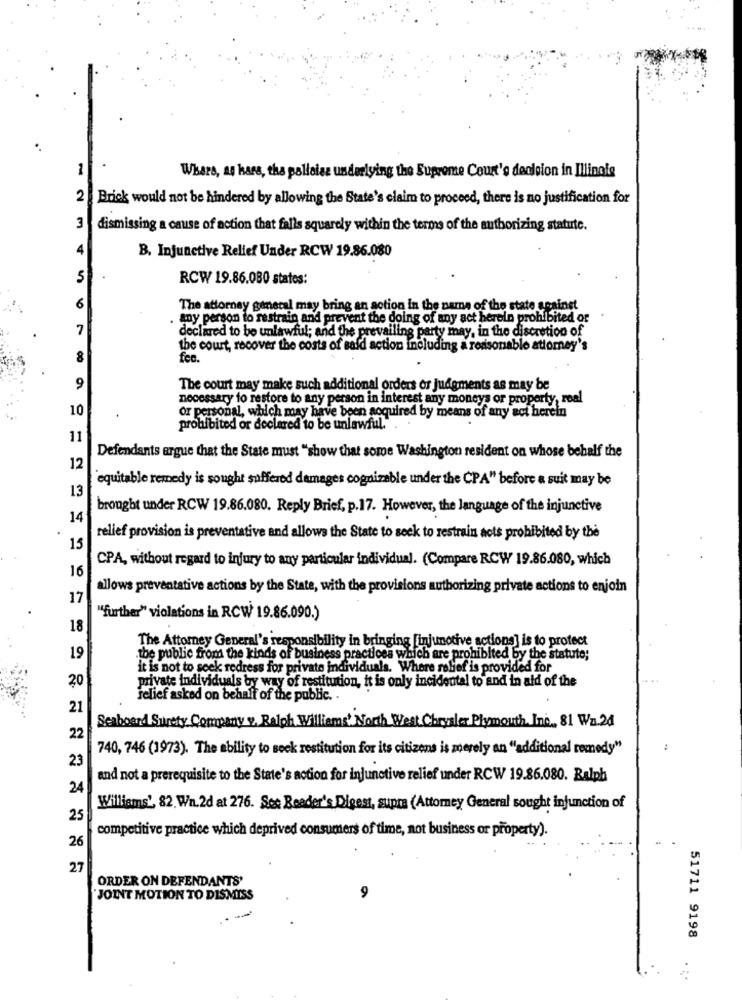
1
Whars, as kars, tha polloise underlying the Supreme Court's decision in Illinois
2
Brick would not be hindered by allowing the State's claim to proceed, there is no justification for
3
dismissing a cause of action that falls squarely within the terms of the authorizing statute.
B. Injunctive Relief Under RCW 19.86.080
5
RCW 19.86.080 states:
6
The attorney general may bring an action in the name of the state seainst
any person to restrain and prevent the doing of any act herein prohibited or
7
declared to be unlawful; and the prevailing party may, in the discretion of
the court, recover the costs of said action including a reasonable attorney's
fee.
9
The court may make such additional orders or judgments as may be
necessary to restore to any person in interest any moneys or property, real
10
or personal, which may have been acquired by means of any act herein
prohibited or declared to be unlawful .. .
11
Defendants argue that the State must "show that some Washington resident on whose behalf the
12
equitable remedy is sought suffered damages cognizable under the CPA" before a suit may be
13
brought under RCW 19.86.080. Reply Brief, p.17. However, the language of the injunctive
14
relief provision is preventative and allows the State to seek to restrain acts prohibited by the
15
CPA, without regard to injury to any particular individual. (Compare RCW 19.86.080, which
16
allows preventative actions by the State, with the provisions authorizing private actions to enjoin
17
"further" violations in RCW 19.86.090.)
18
The Attorney General's responsibility in bringing [injunctive actions] is to protect
19
the public from the kinds of business practices which are prohibited by the statute;
it is not to seek redress for private individuals. Where relief is provided for
20
private individuals by way of restitution, it is only incidental to and in ald of the
relief asked on behalf of the public.
21
Seaboard Surety Company v. Ralph Williams' North West Chrysler Plymouth, Inc ., 81 Wa.24
22
740, 746 (1973). The ability to seek restitution for its citizens is merely an "additional remedy"
23
and not a prerequisite to the State's action for injunctive relief under RCW 19.86.080. Ralph
24
Williams', 82. Wn.2d at 276. Ses Reader's Digest, supra (Attorney General sought injunction of
25
competitive practice which deprived consumers of time, not business or property).
26
27
ORDER ON DEFENDANTS'
JOINT MOTION TO DISMISS
9
51711 9198